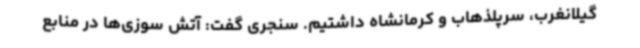
گیلانغرب، سرپلذهاب و کرمانشاه داشتیم. سنجری گفت: آتش سوزی‌ها در منابع